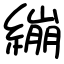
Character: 繃